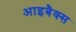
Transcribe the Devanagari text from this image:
आइबैक्स